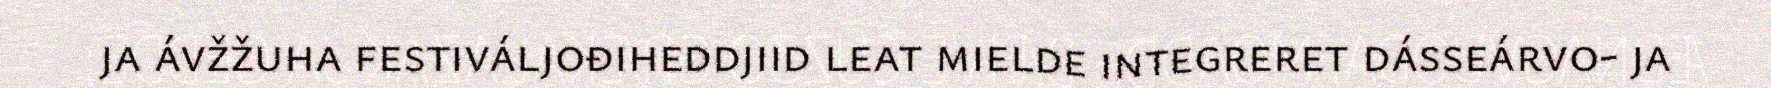
ja ávžžuha festiváljođiheddjiid leat mielde integreret dásseárvo- ja